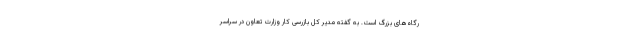
رگاه‌های بزرگ است. به گفته مدیر کل بازرسی کار وزارت تعاون در سراسر